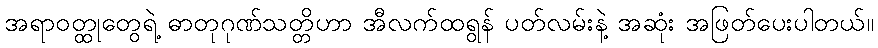
အရာဝတ္ထုတွေရဲ့ ဓာတုဂုဏ်သတ္တိဟာ အီလက်ထရွန် ပတ်လမ်းနဲ့ အဆုံး အဖြတ်ပေးပါတယ်။